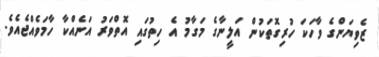
ޒެވިޔަންގެ ވާހަކަ ހުރިގޮތަކުން އަލީނާގެ މަގާމު އެ ހިތުގައި އޮތްވަރު އަނެއްކާ ހާމަވެއްޖެއެވެ.